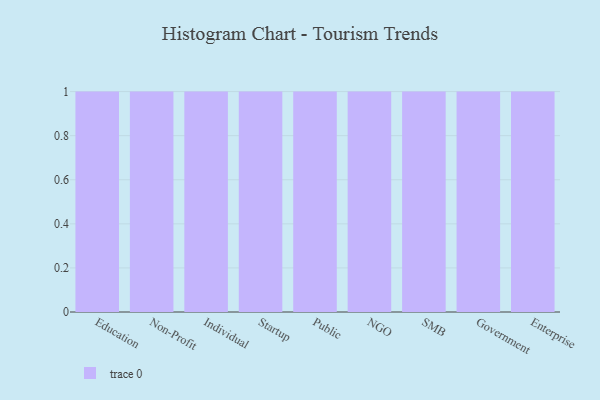
{"axis": {"x": "Segment", "y": "Shipments"}, "legend": [""], "data": [{"x": "Education", "y": 80, "type": ""}, {"x": "Non-Profit", "y": 44, "type": ""}, {"x": "Individual", "y": 25, "type": ""}, {"x": "Startup", "y": 51, "type": ""}, {"x": "Public", "y": 70, "type": ""}, {"x": "NGO", "y": 43, "type": ""}, {"x": "SMB", "y": 15, "type": ""}, {"x": "Government", "y": 56, "type": ""}, {"x": "Enterprise", "y": 71, "type": ""}]}